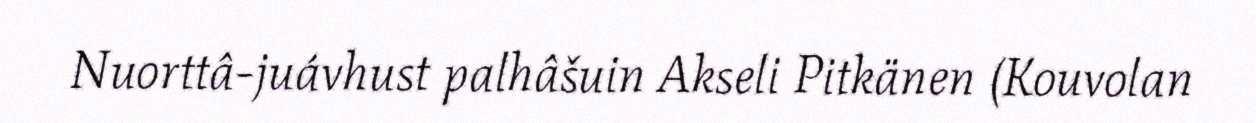
Nuorttâ-juávhust palhâšuin Akseli Pitkänen (Kouvolan